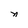
Character: n